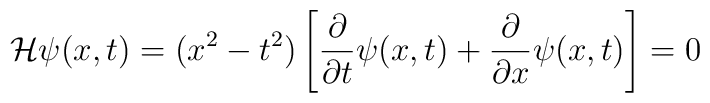
{\cal H}\psi (x,t)=(x^2-t^2)\left[\frac{\partial}{\partial t}\psi (x,t)+\frac{\partial}{\partial x}\psi (x,t)\right] =0